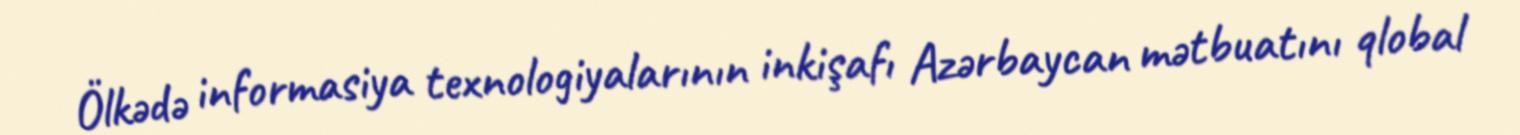
Ölkədə informasiya texnologiyalarının inkişafı Azərbaycan mətbuatını qlobal